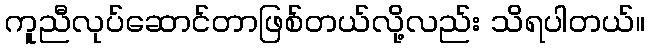
ကူညီလုပ်ဆောင်တာဖြစ်တယ်လို့လည်း သိရပါတယ်။